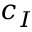
c _ { I }